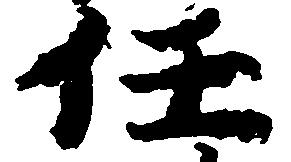
任